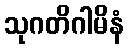
သုဂတိဂါမိနံ